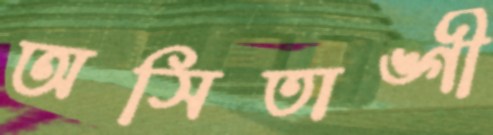
অসিতাঙ্গী